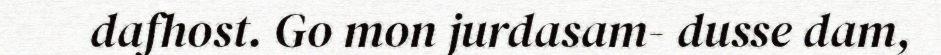
dafhost. Go mon jurdasam- dusse dam,